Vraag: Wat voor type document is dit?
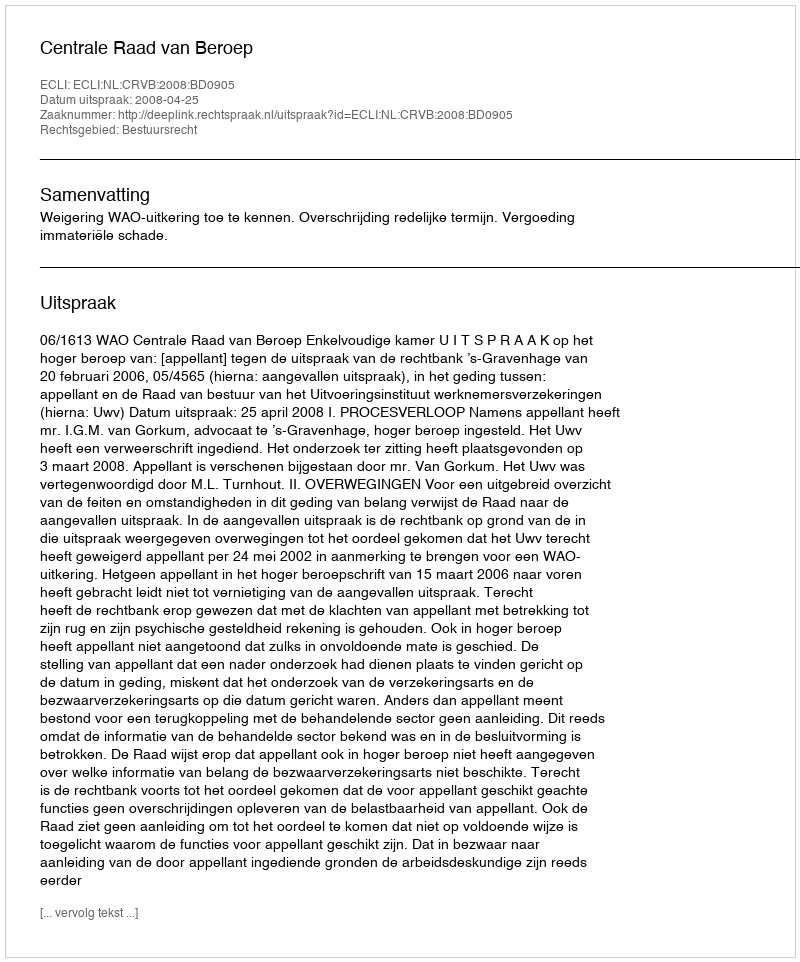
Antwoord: Uitspraak